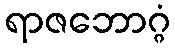
ရာဇဘောဂ္ဂံ